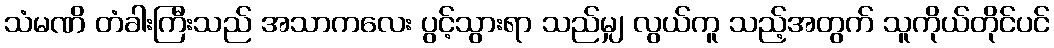
သံမဏိ တံခါးကြီးသည် အသာကလေး ပွင့်သွားရာ သည်မျှ လွယ်ကူ သည့်အတွက် သူကိုယ်တိုင်ပင်